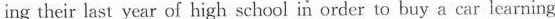
ing their last year of high school in order to buy a car learning